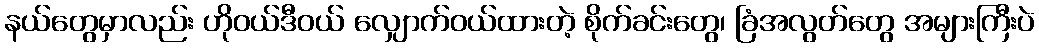
နယ်တွေမှာလည်း ဟိုဝယ်ဒီဝယ် လျှောက်ဝယ်ထားတဲ့ စိုက်ခင်းတွေ၊ ခြံအလွတ်တွေ အများကြီးပဲ